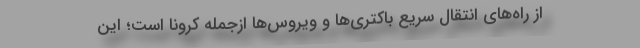
از راه‌های انتقال سریع باکتری‌ها و ویروس‌ها ازجمله کرونا است؛ این